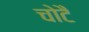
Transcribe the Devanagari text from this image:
चोटै